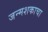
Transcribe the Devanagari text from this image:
जन्मशकाचा